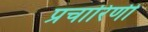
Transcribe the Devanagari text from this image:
प्रचारिणी